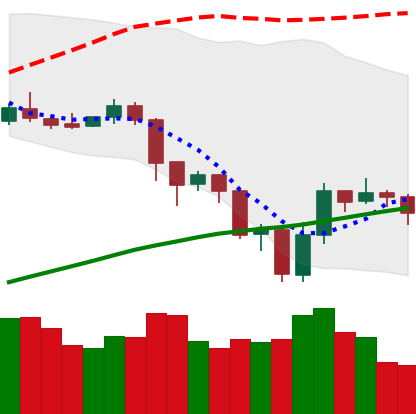
Ticker: LTC-USD
Chart end date: 2019-07-22
Forward return: -6.842%
Label: down_5_7